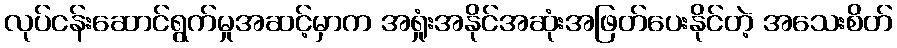
လုပ်ငန်းဆောင်ရွက်မှုအဆင့်မှာက အရှုံးအနိုင်အဆုံးအဖြတ်ပေးနိုင်တဲ့ အသေးစိတ်